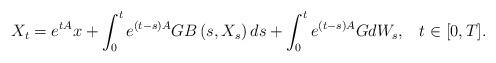
LaTeX: \begin{align*}X_{t}=e^{tA}x+\int_{0}^{t}e^{\left( t-s\right) A}GB\left (s,X_{s}\right)ds+\int_{0}^{t}e^{\left( t-s\right) A}GdW_{s},\;\;\; t \in [0,T].\end{align*}